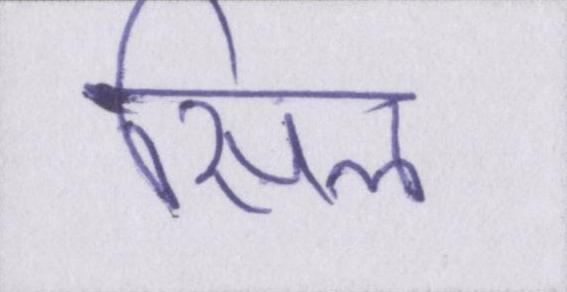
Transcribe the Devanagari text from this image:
सिल